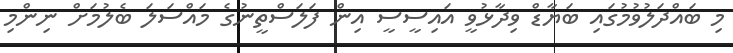
މި ބައްދަލުވުމުގައި ބަޔާޑް ވިދާޅުވީ އައިސީސީ އިން ފަލަސްތީނުގެ މައްސަލަ ބެލުމަށް ނިންމި